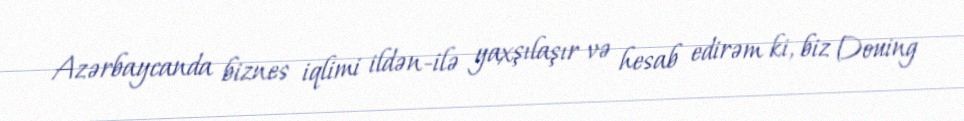
Azərbaycanda biznes iqlimi ildən-ilə yaxşılaşır və hesab edirəm ki, biz Douing